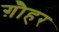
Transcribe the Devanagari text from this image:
ग़ौहर